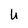
Character: U